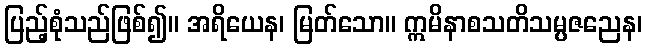
ပြည့်စုံသည်ဖြစ်၍။ အရိယေန၊ မြတ်သော။ ဣမိနာစသတိသမ္ပဇညေန၊